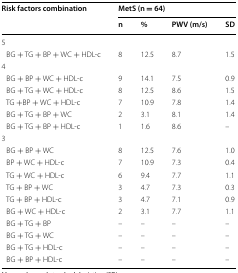
| <ROWSPAN=2> Risk factors combination | <COLSPAN=4> MetS (n = 64) |
 | n | % | PWV (m/s) | SD |
 | --- | --- | --- | --- | --- |
 | <COLSPAN=5> 5 |
 | BG + TG + BP + WC + HDL-c | 8 | 12.5 | 8.7 | 1.5 |
 | <COLSPAN=5> 4 |
 | BG + BP + WC + HDL-c | 9 | 14.1 | 7.5 | 0.9 |
 | BG + TG + WC + HDL-c | 8 | 12.5 | 8.6 | 1.5 |
 | TG +BP + WC + HDL-c | 7 | 10.9 | 7.8 | 1.4 |
 | BG + TG + BP + WC | 2 | 3.1 | 8.1 | 1.4 |
 | BG + TG + BP + HDL-c | 1 | 1.6 | 8.6 | – |
 | <COLSPAN=5> 3 |
 | BG + BP + WC | 8 | 12.5 | 7.6 | 1.0 |
 | BP + WC + HDL-c | 7 | 10.9 | 7.3 | 0.4 |
 | TG + WC + HDL-c | 6 | 9.4 | 7.7 | 1.1 |
 | TG + BP + WC | 3 | 4.7 | 7.3 | 0.3 |
 | TG + BP + HDL-c | 3 | 4.7 | 7.1 | 0.9 |
 | BG + WC + HDL-c | 2 | 3.1 | 7.7 | 1.1 |
 | BG + TG + BP | – | – | – | – |
 | BG + TG + WC | – | – | – | – |
 | BG + TG + HDL-c | – | – | – | – |
 | BG + BP + HDL-c | – | – | – | – |